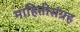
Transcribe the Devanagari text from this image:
माहितीसंग्रह